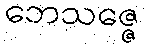
ဘေသဇ္ဇေ